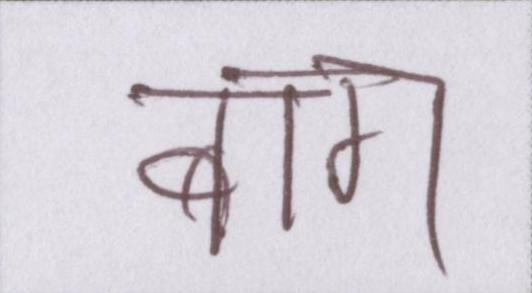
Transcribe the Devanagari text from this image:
बाग